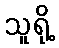
သူရို့